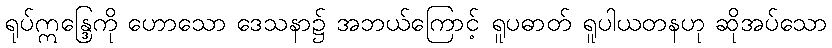
ရုပ်ဣန္ဒြေကို ဟောသော ဒေသနာ၌ အဘယ်ကြောင့် ရူပဓာတ် ရူပါယတနဟု ဆိုအပ်သော